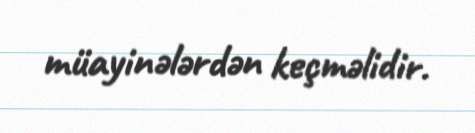
müayinələrdən keçməlidir.